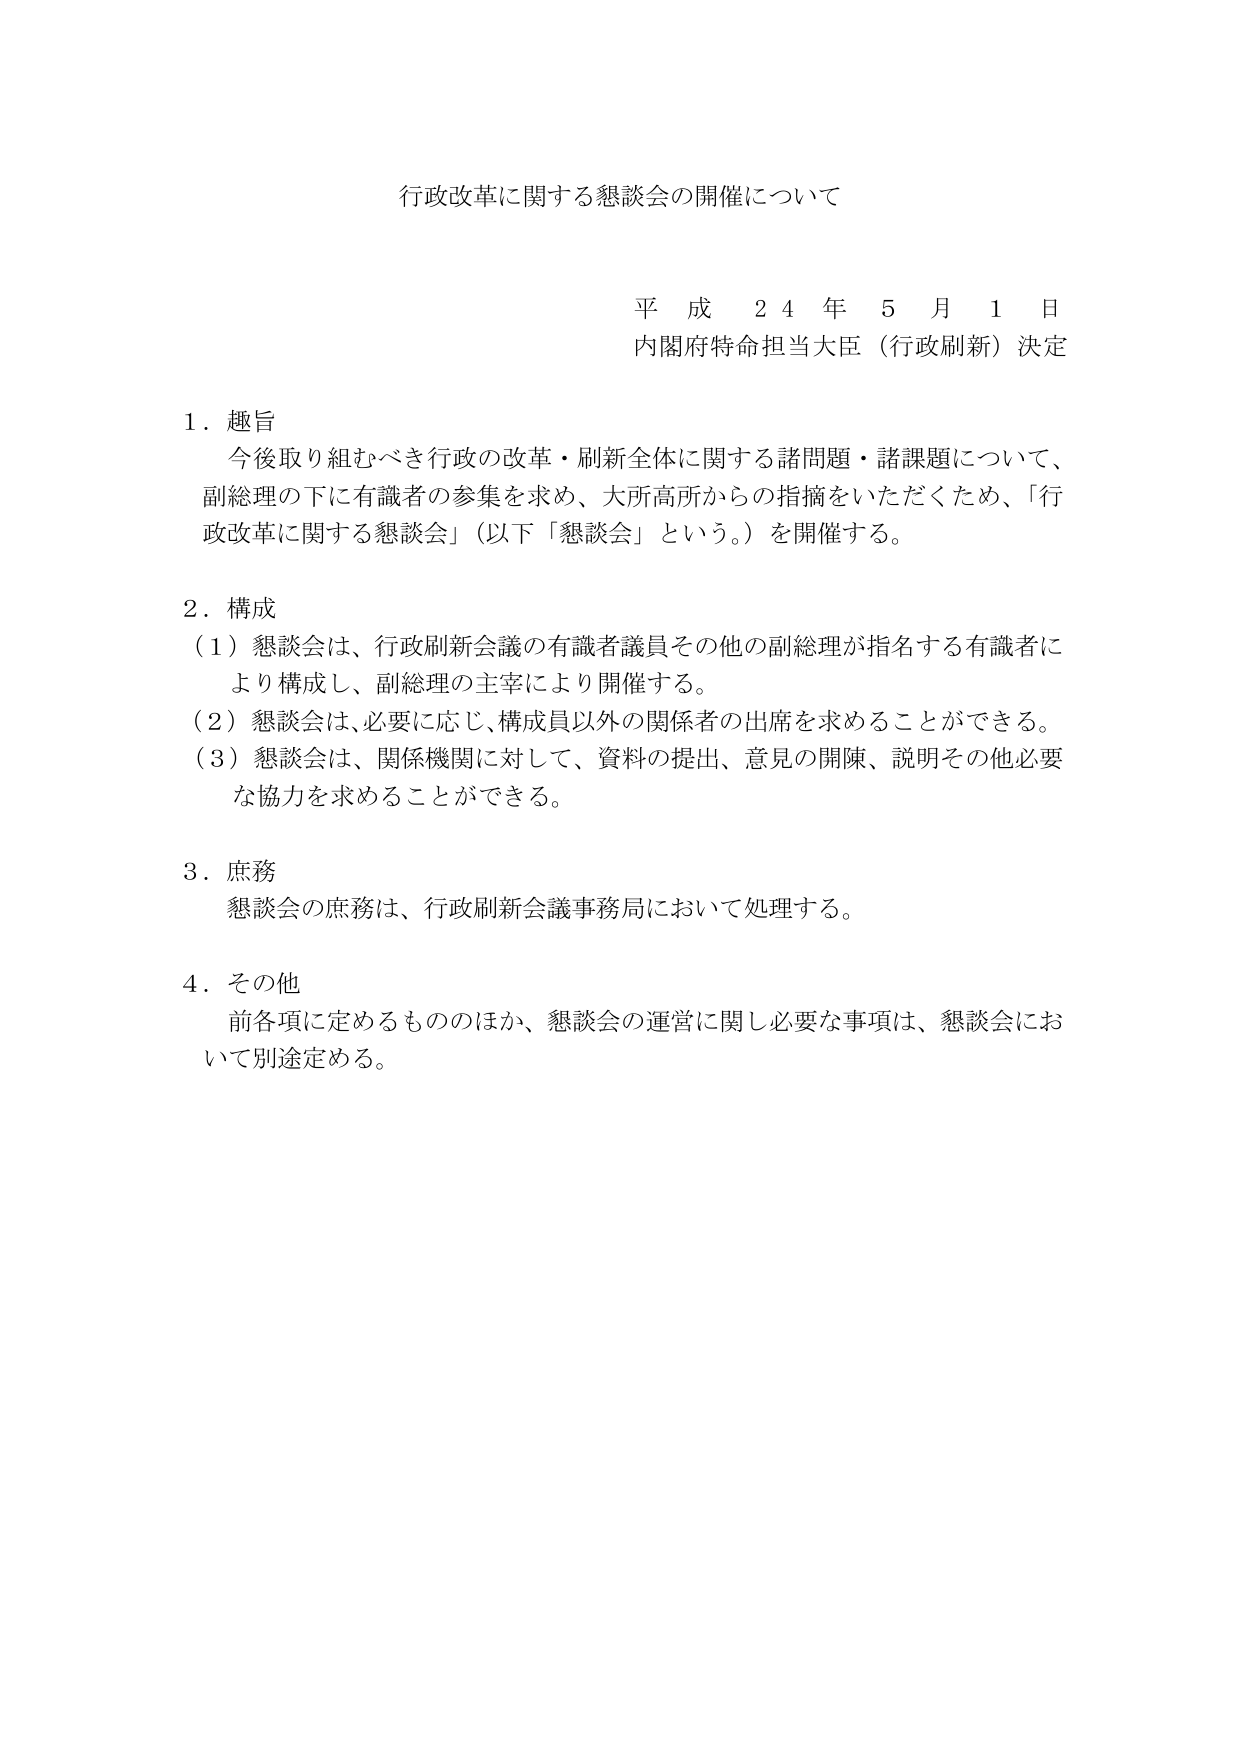
行政改革に関する懇談会の開催について

平成24年5月1日
内閣府特命担当大臣（行政刷新）決定

1．趣旨
　今後取り組むべき行政の改革・刷新全体に関する諸問題・諸課題について、
　副総理の下に有識者の参集を求め、大所高所からの指摘をいただくため、「行政改革に関する懇談会」（以下「懇談会」という。）を開催する。

2．構成
　（1）懇談会は、行政刷新会議の有識者議員その他の副総理が指名する有識者により構成し、副総理の主宰により開催する。
　（2）懇談会は、必要に応じ、構成員以外の関係者の出席を求めることができる。
　（3）懇談会は、関係機関に対して、資料の提出、意見の開陳、説明その他必要な協力を求めることができる。

3．庶務
　懇談会の庶務は、行政刷新会議事務局において処理する。

4．その他
　前各項に定めるもののほか、懇談会の運営に関し必要な事項は、懇談会において別途定める。